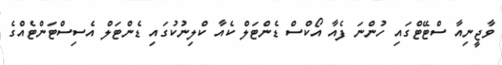
ވާޖީނިއާ ސްޓޭޓްގައި ހުންނަ ފެއާ އޯކްސް ޑެންޓަލް ކެއާ ކްލިނުކުގައި ޑެންޓަލް އެސިސްޓަންޓެއްގެ